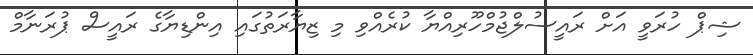
ޝިޕް ހުރަވީ އަށް ރައީސުލްޖުމްހޫރިއްޔާ ކުރެއްވި މި ޒިޔާރަތުގައި އިންޑިޔާގެ ރައީސް ޕުރަނާމް